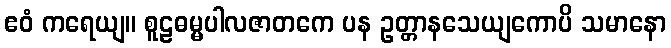
ဧဝံ ကရေယျ။ စူဠဓမ္မပါလဇာတကေ ပန ဥတ္တာနသေယျကောပိ သမာနော